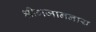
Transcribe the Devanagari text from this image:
श्रीगजाननाय